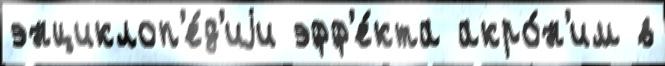
энциклоп'е́д'иjи эфф'е́кта акро́н'им в